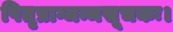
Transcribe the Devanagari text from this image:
पितृप्राग्जन्मसूचकः।